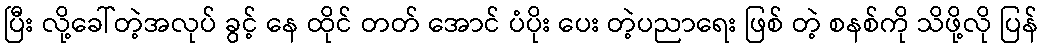
ပြီး လို့ခေါ်တဲ့အလုပ် ခွင့် နေ ထိုင် တတ် အောင် ပံပိုး ပေး တဲ့ပညာရေး ဖြစ် တဲ့ စနစ်ကို သိဖို့လို ပြန်